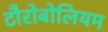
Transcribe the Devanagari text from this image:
टौरोबोलियम